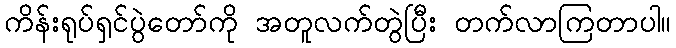
ကိန်းရုပ်ရှင်ပွဲတော်ကို အတူလက်တွဲပြီး တက်လာကြတာပါ။